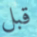
قبل